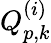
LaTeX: Q_{p,k}^{(i)}